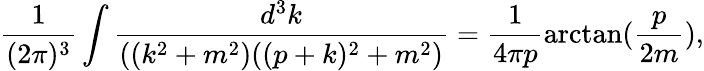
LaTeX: \frac{1}{(2\pi)^{3}}\int\frac{d^{3}k}{((k^{2}+m^{2})((p+k)^{2}+m^{2})}=\frac{1}{4\pi p}\arctan(\frac{p}{2m}),